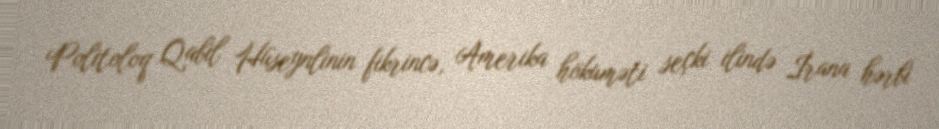
Politoloq Qabil Hüseynlinin fikrincə, Amerika hökuməti seçki ilində İrana hərbi